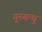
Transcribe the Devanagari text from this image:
गुरुबन्‍धु